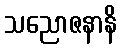
သညောဇနာနိ